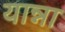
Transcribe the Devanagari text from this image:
यान्ना